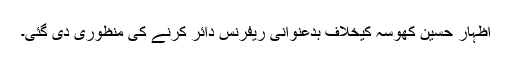
اظہار حسین کھوسہ کیخلاف بدعنوانی ریفرنس دائر کرنے کی منظوری دی گئی۔